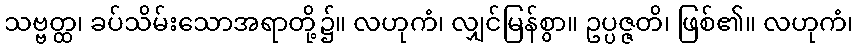
သဗ္ဗတ္ထ၊ ခပ်သိမ်းသောအရာတို့၌။ လဟုကံ၊ လျှင်မြန်စွာ။ ဥပ္ပဇ္ဇတိ၊ ဖြစ်၏။ လဟုကံ၊